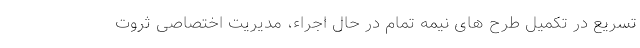
تسریع در تکمیل طرح های نیمه تمام در حال اجراء، مدیریت اختصاصی ثروت